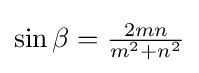
\sin {\beta }={\tfrac {2mn}{m^{2}+n^{2}}}